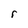
Character: r